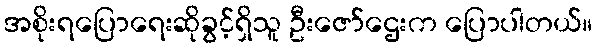
အစိုးရပြောရေးဆိုခွင့်ရှိသူ ဦးဇော်ဌေးက ပြောပါတယ်။